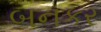
બનકર